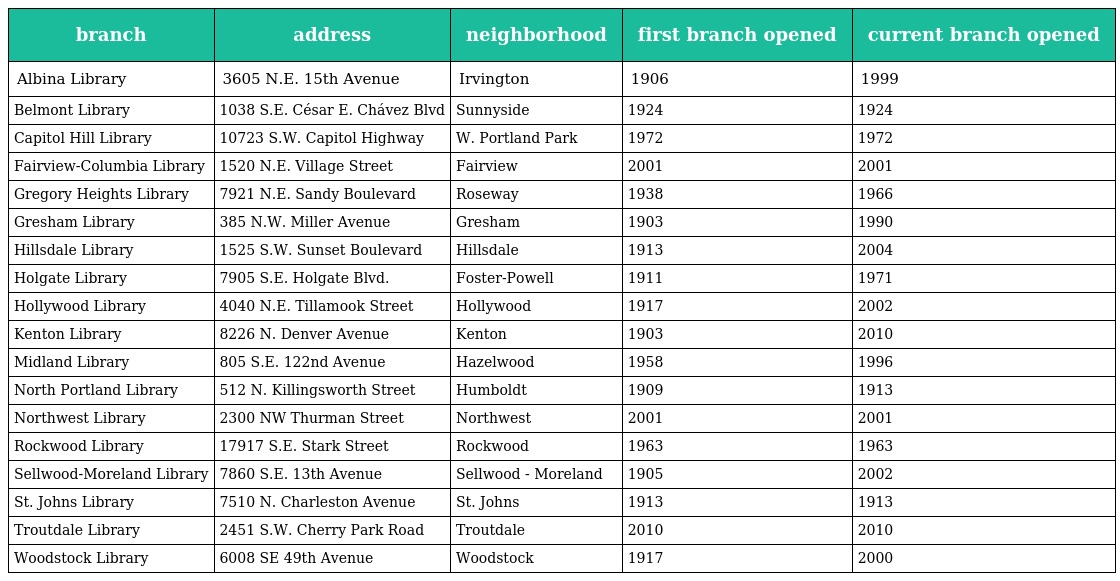
| branch | address | neighborhood | first branch opened | current branch opened |
 | --- | --- | --- | --- | --- |
 | Albina Library | 3605 N.E. 15th Avenue | Irvington | 1906 | 1999 |
 | Belmont Library | 1038 S.E. César E. Chávez Blvd | Sunnyside | 1924 | 1924 |
 | Capitol Hill Library | 10723 S.W. Capitol Highway | W. Portland Park | 1972 | 1972 |
 | Fairview-Columbia Library | 1520 N.E. Village Street | Fairview | 2001 | 2001 |
 | Gregory Heights Library | 7921 N.E. Sandy Boulevard | Roseway | 1938 | 1966 |
 | Gresham Library | 385 N.W. Miller Avenue | Gresham | 1903 | 1990 |
 | Hillsdale Library | 1525 S.W. Sunset Boulevard | Hillsdale | 1913 | 2004 |
 | Holgate Library | 7905 S.E. Holgate Blvd. | Foster-Powell | 1911 | 1971 |
 | Hollywood Library | 4040 N.E. Tillamook Street | Hollywood | 1917 | 2002 |
 | Kenton Library | 8226 N. Denver Avenue | Kenton | 1903 | 2010 |
 | Midland Library | 805 S.E. 122nd Avenue | Hazelwood | 1958 | 1996 |
 | North Portland Library | 512 N. Killingsworth Street | Humboldt | 1909 | 1913 |
 | Northwest Library | 2300 NW Thurman Street | Northwest | 2001 | 2001 |
 | Rockwood Library | 17917 S.E. Stark Street | Rockwood | 1963 | 1963 |
 | Sellwood-Moreland Library | 7860 S.E. 13th Avenue | Sellwood - Moreland | 1905 | 2002 |
 | St. Johns Library | 7510 N. Charleston Avenue | St. Johns | 1913 | 1913 |
 | Troutdale Library | 2451 S.W. Cherry Park Road | Troutdale | 2010 | 2010 |
 | Woodstock Library | 6008 SE 49th Avenue | Woodstock | 1917 | 2000 |